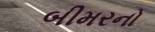
બીમરનો